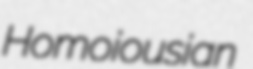
Homoiousian